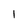
Character: I